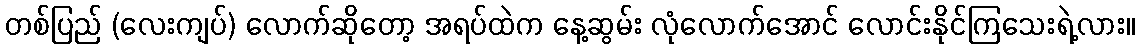
တစ်ပြည် (လေးကျပ်) လောက်ဆိုတော့ အရပ်ထဲက နေ့ဆွမ်း လုံလောက်အောင် လောင်းနိုင်ကြသေးရဲ့လား။